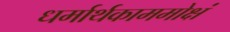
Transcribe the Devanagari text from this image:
धर्मार्थकाममोक्षं